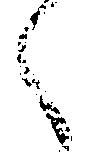
令